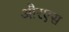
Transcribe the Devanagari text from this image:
औरएस